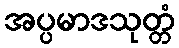
အပ္ပမာဒသုတ္တံ